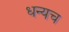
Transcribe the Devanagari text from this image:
धन्यच